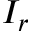
I _ { r }